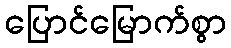
ပြောင်မြောက်စွာ